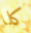
كلا